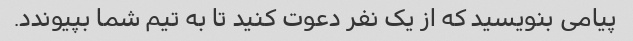
پیامی بنویسید که از یک نفر دعوت کنید تا به تیم شما بپیوندد.